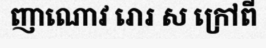
ញាណោវ រោរ ស ក្រៅពី